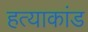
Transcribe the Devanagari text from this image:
हत्‍याकांड